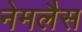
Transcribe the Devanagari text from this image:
नेमलैस